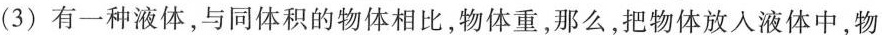
(3)有一种液体，与同体积的物体相比，物体重，那么，把物体放入液体中，物